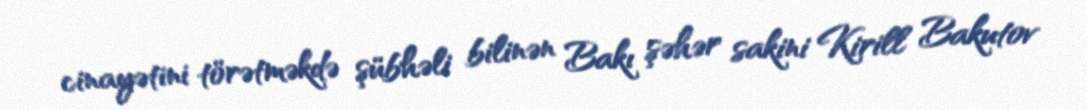
cinayətini törətməkdə şübhəli bilinən Bakı şəhər sakini Kirill Bakutov